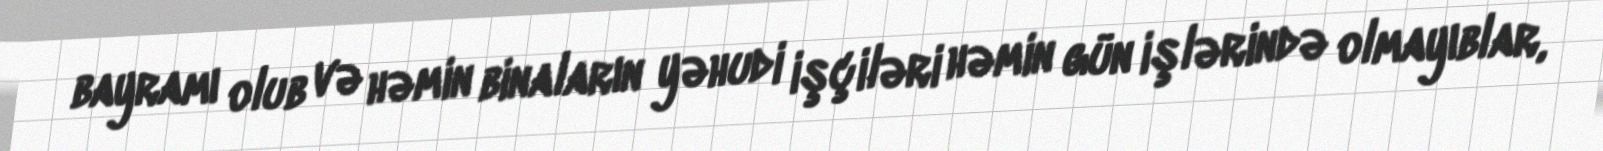
bayramı olub və həmin binaların yəhudi işçiləri həmin gün işlərində olmayıblar,